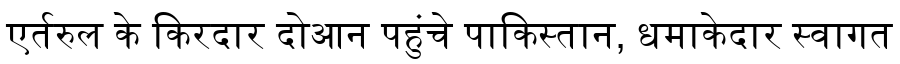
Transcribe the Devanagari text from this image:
एर्तरुल के किरदार दोआन पहुंचे पाकिस्तान, धमाकेदार स्वागत